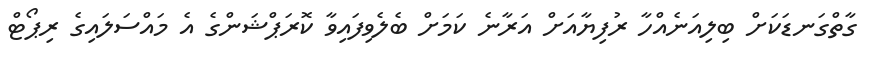
ގާތްގަނޑަކަށް ބިލިއަނެއްހާ ރުފިޔާއަށް އަރާނެ ކަމަށް ބެލެވިފައިވާ ކޮރަޕްޝަންގެ އެ މައްސަލައިގެ ރިޕޯޓް